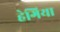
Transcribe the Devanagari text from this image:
हेगिया